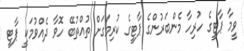
ވީމާ ޕާޓީގެ ހުރިހާ މެންބަރުންގެ ޕާޓީގެ ކުރިމަގަށް ތުއްތުބޭ ހޮވާ ދެއްވުމަކީ ޕާޓީ